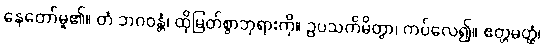
နေတော်မူ၏။ တံ ဘဂဝန္တံ၊ ထိုမြတ်စွာဘုရားကို။ ဥပသင်္ကမိတွာ၊ ကပ်လေ၍။ ဧတ္တမတ္ထံ၊